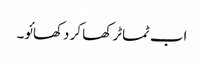
اب ٹماٹر کھا کر دکھائو۔